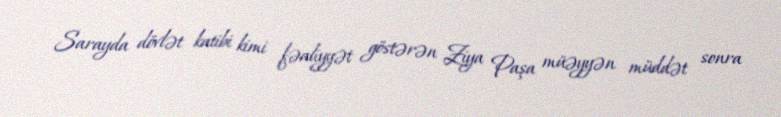
Sarayda dövlət katibi kimi fəaliyyət göstərən Ziya Paşa müəyyən müddət sonra